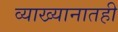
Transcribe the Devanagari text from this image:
व्याख्यानातही